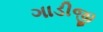
ગાડીજી